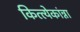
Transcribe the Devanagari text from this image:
कित्त्येकांन्ना